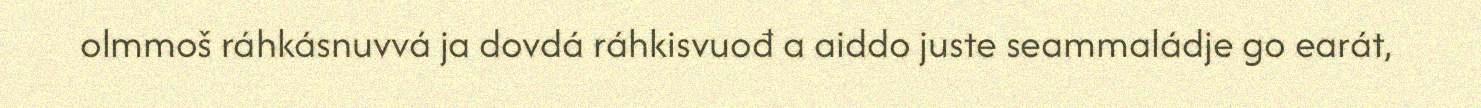
olmmoš ráhkásnuvvá ja dovdá ráhkisvuođ a aiddo juste seammaládje go earát,